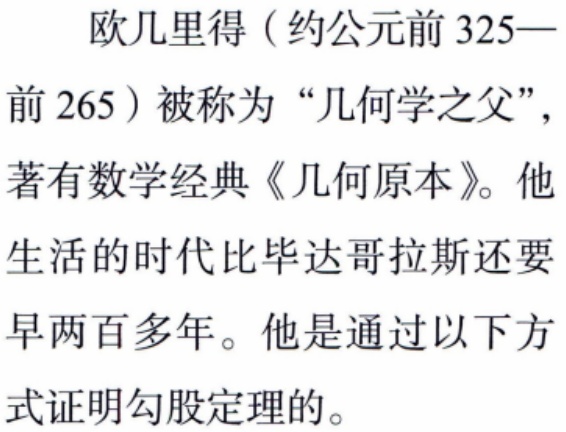
欧几里得（约公元前 325—前 265）被称为“几何学之父”，著有数学经典《几何原本》。他生活的时代比毕达哥拉斯还要早两百多年。他是通过以下方式证明勾股定理的。